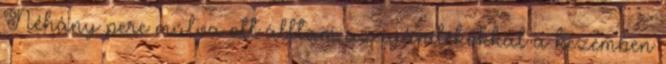
Néhány perc múlva ott álltam az ajándékokkal a kezemben